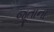
જૂતાના